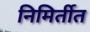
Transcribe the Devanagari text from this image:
निमिर्तीत